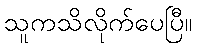
သူကသိလိုက်ပေပြီ။